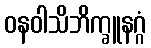
ဝနဝါသိဘိက္ခူနဂ္ဂံ